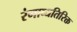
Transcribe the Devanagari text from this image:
रंगाव्यतिरिक्त